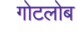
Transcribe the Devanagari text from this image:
गोटलोब